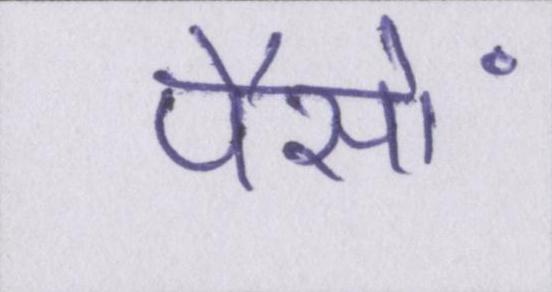
पैसों